Annual administration report of the Civil Veterinary Department of India - 1908-1909
Year: 1908
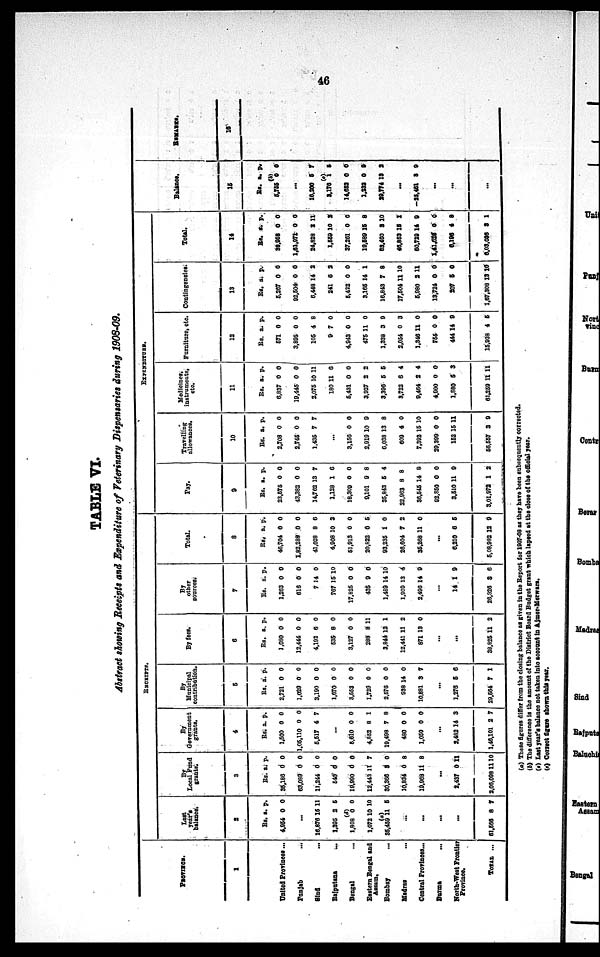
46
TABLE VI.
Abstract showing Receipts and Expenditure of Veterinary Dispensaries during 1908-09.
PROVINCE.
1
United Provinces ...
Punjab ...
Sind ...
Rajputana ...
Bengal ...
Eastern Bengal and
Assam.
Bombay ...
Madras ...
Central Provinces...
Burma
...
North-West Frontier
Province.
TOTAL ...
RECEIPTS
Last
year's
balance
2
Rs
4.954
16,876
1,395
1,808
1,072
35,459
61,566
a.
0
...
15
2
(d)
0
10
(a)
11
...
...
...
...
8
p.
0
11
5
0
10
5
7
By
Local Funts.
grands.
3
Rs.
35,186
63,089
11,244
540
19,990
12,443
30,366
10,834
19,968
2,497
2,06,098
a.
0
0
0
0
0
11
8
6
11
...
0
11
p.
0
0
0
0
0
7
0
8
8
11
10
By
Government
grants.
4
Rs.
1,500
1,05,110
5,517
5,610
4,862
19,498
480
1,050
...
2,482
1,46,101
a.
0
0
4
...
0
8
7
0
0
14
2
p.
0
0
7
0
1
8
0
0
3
7
By
Municipal
contribution.
5
Rs.
2,721
1,029
3,190
1.670
3,553
1,729
2,576
938
10,881
...
1,276
29,564
a.
0
0
0
0
0
0
0
14
3
5
7
p.
0
0
0
0
0
0
0
0
7
6
1
By fees.
6
Rs.
1,080
12,444
4,192
535
3,127
288
3,844
12,441
871
38,825
a.
0
0
6
8
0
8
12
11
13
...
...
11
p.
0
0
0
0
0
11
1
2
0
2
By
other
sources.
7
Rs.
1,263
616
7
767
17,825
435
1,489
1,909
2,496
14
26,326
a.
0
0
14
15
0
9
14
13
14
...
1
8
p.
0
0
0
10
0
0
10
4
9
9
6
Total.
8
Rs.
46,704
1,82,289
41,028
4,908
51,913
20,822
93,235
26,604
35,268
6,210
6,08.992
a.
0
0
8
10
0
0
1
7
11
...
6
12
p.
0
0
6
3
0
5
0
2
0
5
9
EXPENDITURE.
Pay.
9
Rs.
23,575
43,382
14,762
1,128
18,309
9,101
35,843
22,963
36,545
92,860
3,510
3,01,972
a.
0
0
13
1
0
9
5
8
14
0
11
1
p.
0
0
7
6
0
8
4
8
8
0
9
2
Travelling
allowances.
10
Rs.
2,708
2,745
1,435
3,156
2,919
6,038
609
7,392
29,399
152
56,557
a.
0
0
7
...
0
10
13
4
15
0
15
3
p.
0
0
7
0
9
8
0
10
0
11
9
Medicines
instruments,
etc.
11
Rs.
6,837
19,445
2,075
180
5,431
3,927
3,396
3,722
9,464
4,900
1,880
61,259
a.
0
0
10
11
0
2
5
6
2
0
5
11
p.
0
0
11
6
0
2
5
4
4
0
3
11
Furniture, etc.
12
Rs.
671
3,895
105
9
4,943
475
1,338
2,054
1,346
755
444
15,938
a.
0
0
4
7
0
11
3
0
11
0
14
4
p.
0
0
8
0
0
0
9
3
0
0
9
5
Contingencies.
13
Rs.
5,267
92,504
6,448
241
5,422
3,165
16,843
17,504 1
5,980
13,724
207
1,67,308
a.
0
0
14
6
0
14
7
1
2
0
5
13
p.
0
0
2
2
0
1
8
10
11
0
0
10
Total.
14
Rs.
98,958
1,61,971
24,828
1,559
37,261
19,589
53,460
46,863
60,729
1,41,628
6,196
6,03,036
a.
0
0
2
10
0
15
3
15
14
0
4
3
p.
0
0
11
2
0
8
10
1
9
0
8
1
Balance.
15
Rs.
5,755
...
16,200
3,176
14,652
1,232
29,774
—5,461
a.
(b)
0
5
(c)
1
0
0
13
...
3
...
...
...
p.
0
7
5
0
0
2
9
REMARKS.
16
(a) These figures differ from the closing balance as given in the Report for 1907.08 as they have been subsequently corrected.
(b) The difference is the amount of the District Board Budget grant which lapsed at the close of the official year.
(c) Last year's balance not taken into account in Ajmer-Merwara.
(d) Correct figure shown this year.